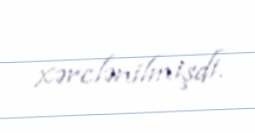
xərclənilmişdi.